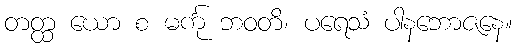
တတ္ထ ယော စ မင်္ကု ဘဝတိ၊ ပရေသံ ပါနဘောဇနေ။